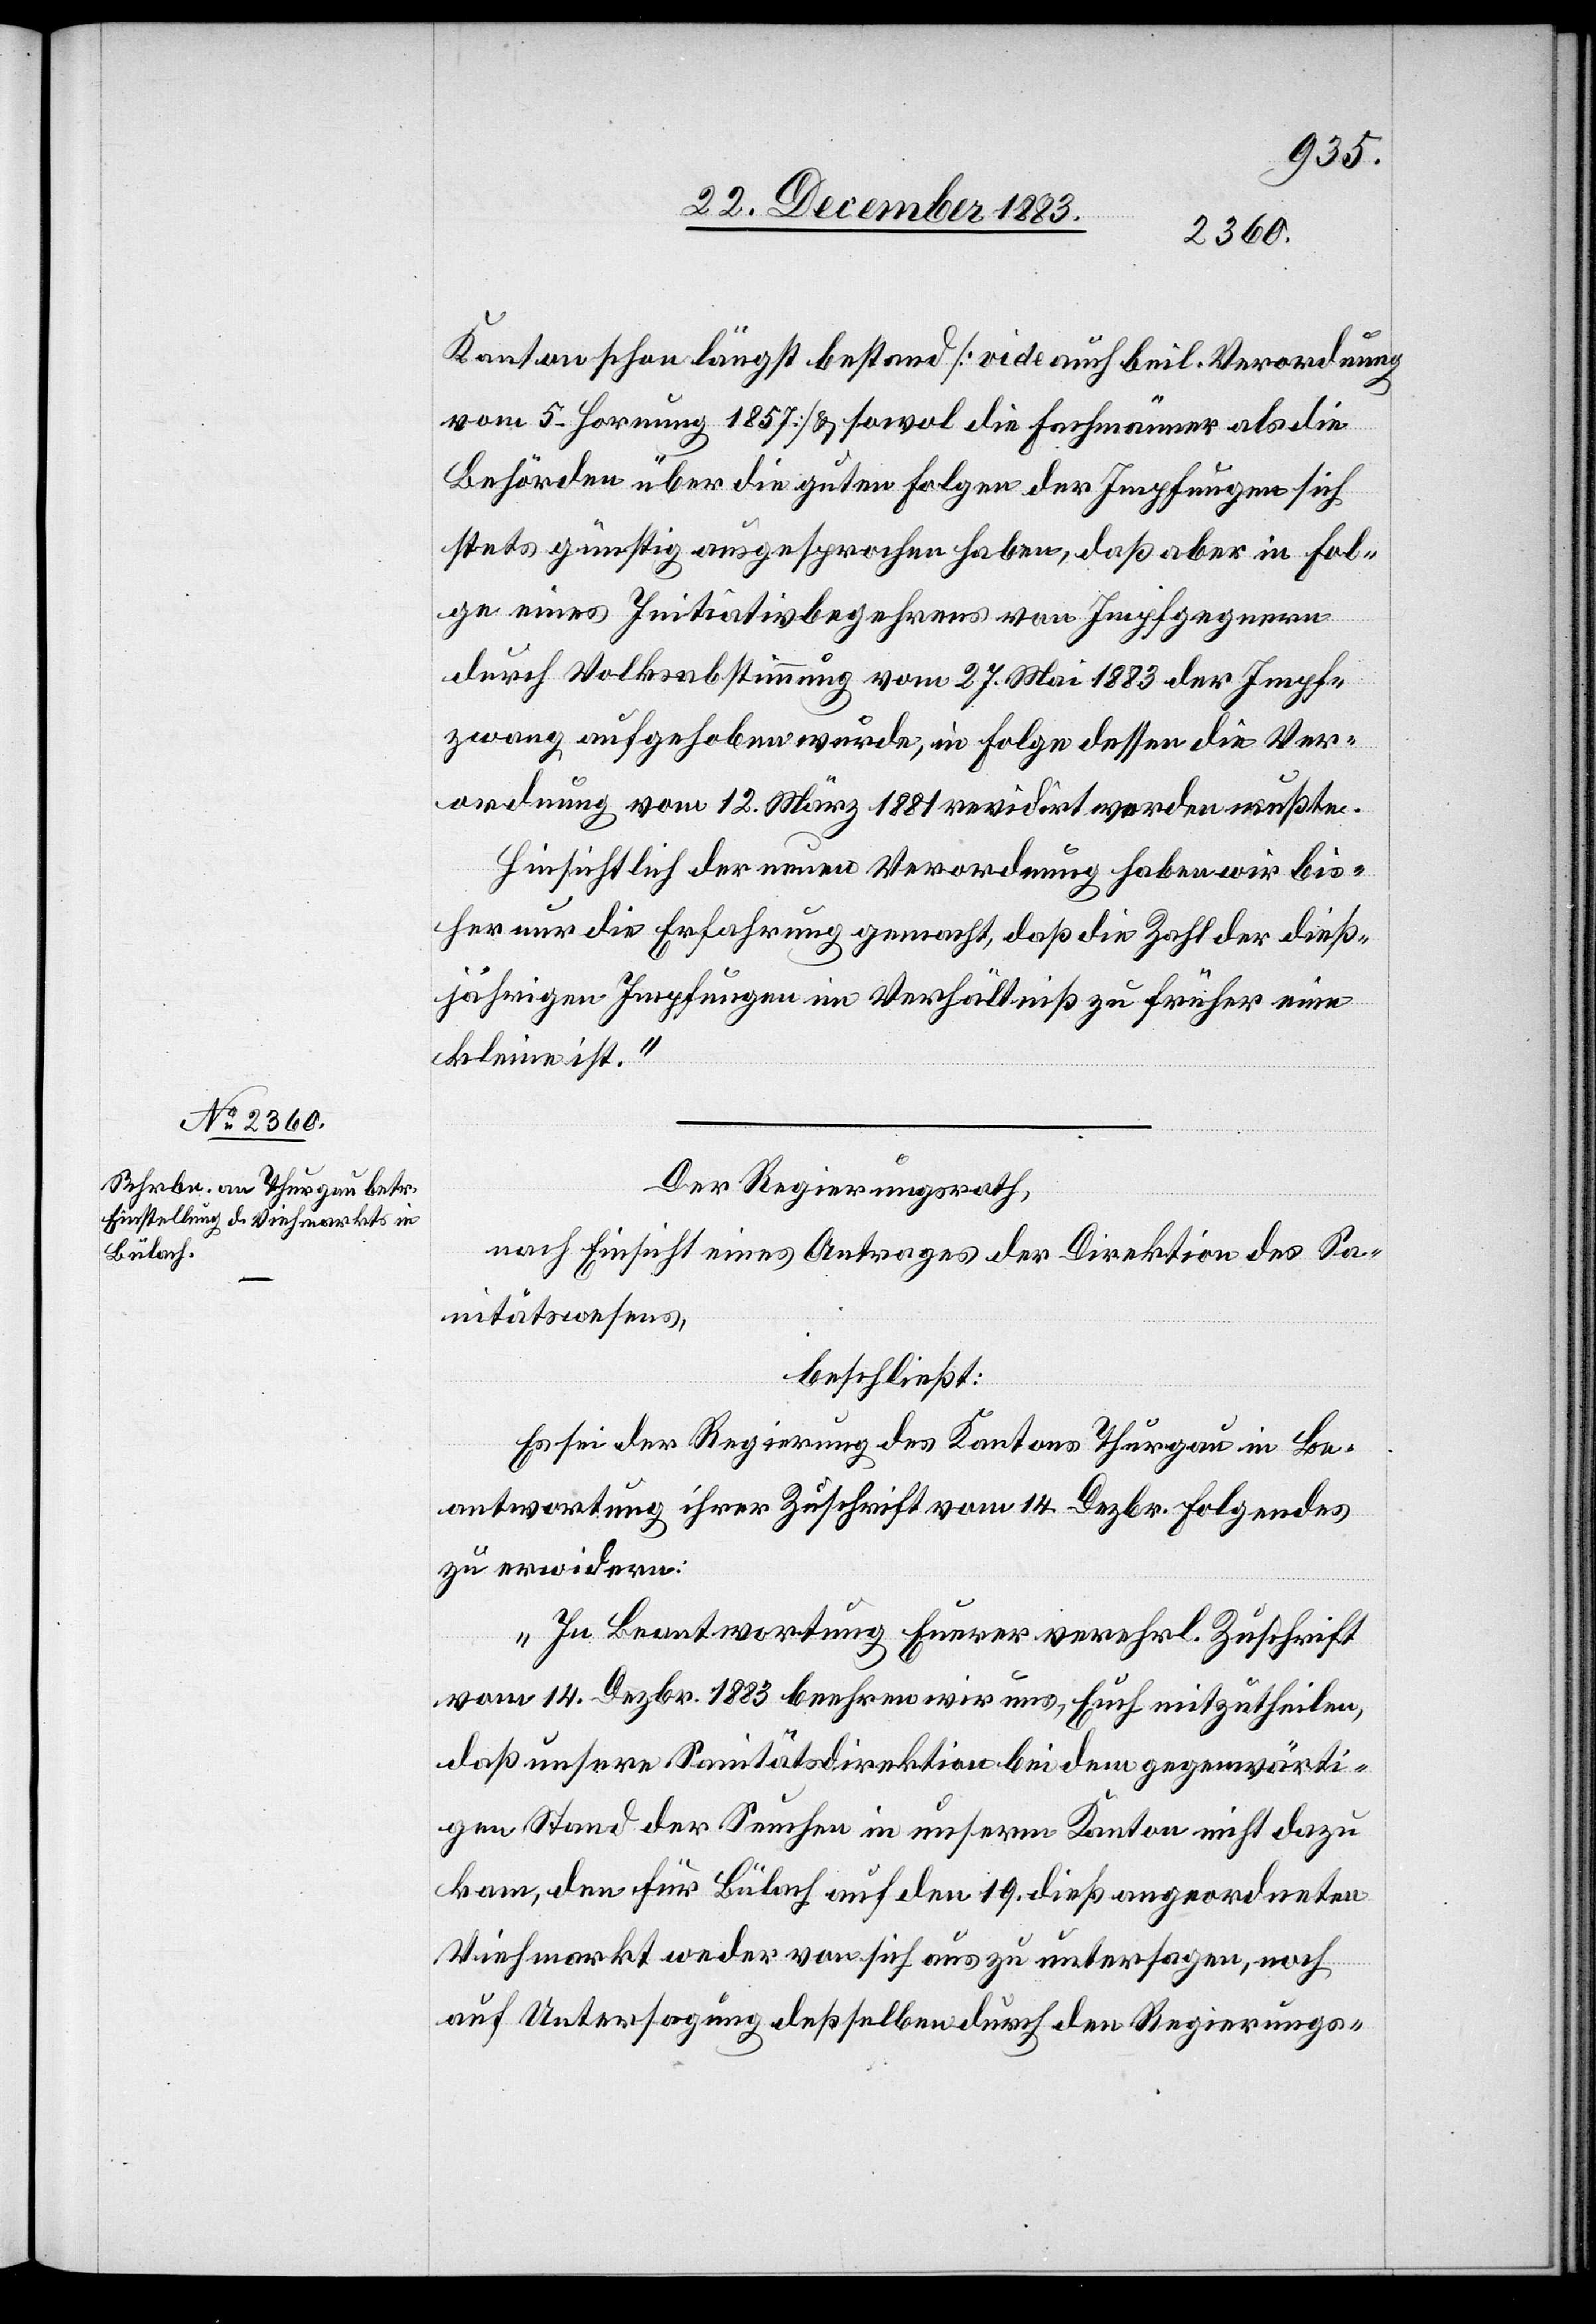
Kanton schon längst bestand [vide auch beil. Verordnung
vom 5. Hornung 1857] & sowol die Fachmänner als die
Behörden über die guten Folgen der Impfungen sich
stets günstig ausgesprochen haben, daß aber in Fol¬
ge eines Initiativbegehrens von Impfgegnern
durch Volksabstimmung vom 27. Mai 1883 der Impf¬
zwang aufgehoben wurde, in Folge dessen die Ver¬
ordnung vom 12. März 1881 revidirt werden mußte.
Hinsichtlich der neuen Verordnung haben wir bis¬
her nur die Erfahrung gemacht, daß die Zahl der dieß¬
jährigen Impfungen im Verhältniß zu früher eine
kleine ist.“
Der Regierungsrath,
nach Einsicht eines Antrages der Direktion des Sa¬
nitätswesens,
beschließt:
Es sei der Regierung des Kantons Thurgau in Be¬
antwortung ihrer Zuschrift vom 14. Dezbr Folgendes
zu erwidern:
„In Beantwortung Euerer verehrl. Zuschrift
vom 14. Dezbr. 1883 beehren wir uns, Euch mitzutheilen,
daß unsere Sanitätsdirektion bei dem gegenwärti¬
gen Stand der Seuchen in unserm Kanton nicht dazu
kam, den für Bülach auf den 19. dieß angeordneten
Viehmarkt weder von sich aus zu untersagen, noch
auf Untersagung deßselben durch den Regierungs-